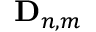
\mathbf { D } _ { n , m }